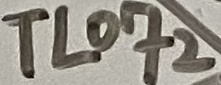
Text: TL072